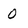
Character: 0